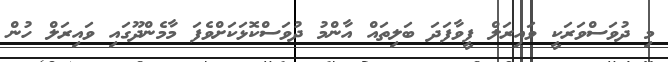
މި ދުވަސްވަރަކީ ވައިރަލް ފީވާފަދަ ބަލިތައް އާންމު ދުވަސްކޮޅަކަށްވެފަ މާމެންދޫގައި ވައިރަލް ހުން